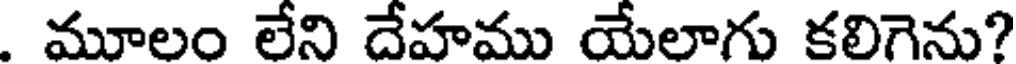
. మూలం లేని దేహము యేలాగు కలిగెను?